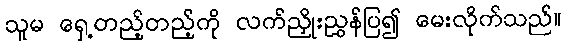
သူမ ရှေ့တည့်တည့်ကို လက်ညှိုးညွှန်ပြ၍ မေးလိုက်သည်။